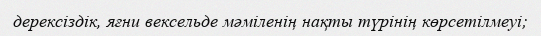
дерексіздік, яғни вексельде мәміленің нақты түрінің көрсетілмеуі;